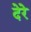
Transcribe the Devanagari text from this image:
देरे